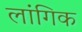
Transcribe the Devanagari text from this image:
लांगिक